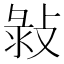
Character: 㪖